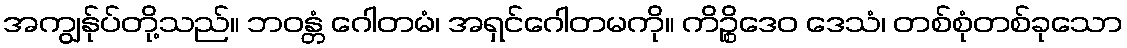
အကျွန်ုပ်တို့သည်။ ဘဝန္တံ ဂေါတမံ၊ အရှင်ဂေါတမကို။ ကိဉ္စိဒေဝ ဒေသံ၊ တစ်စုံတစ်ခုသော